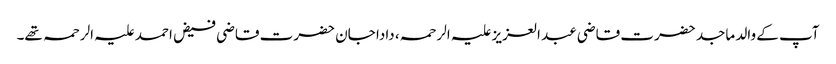
آپ کے والد ماجد حضرت قاضی عبد العزیز علیہ الرحمہ، دادا جان حضرت قاضی فیض احمد علیہ الرحمہ تھے۔